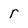
Character: r